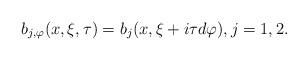
LaTeX: \begin{align*} b_{j,\varphi} (x,\xi, \tau) = b_j(x,\xi+i\tau d\varphi),j=1,2.\end{align*}